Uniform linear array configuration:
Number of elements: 64
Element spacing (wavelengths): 1
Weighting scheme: hann
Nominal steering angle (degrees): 15
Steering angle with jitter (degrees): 14.074
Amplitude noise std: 0.05
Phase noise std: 0.05

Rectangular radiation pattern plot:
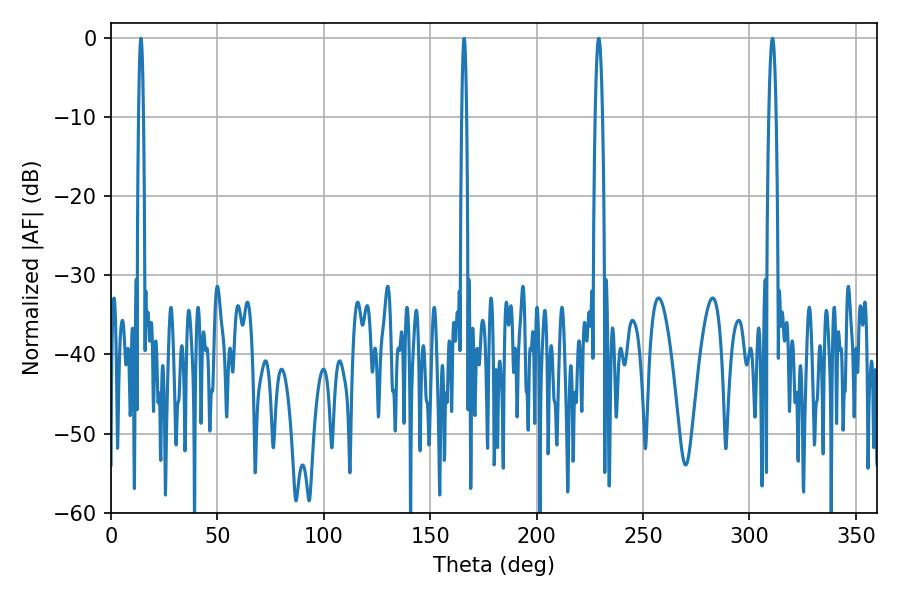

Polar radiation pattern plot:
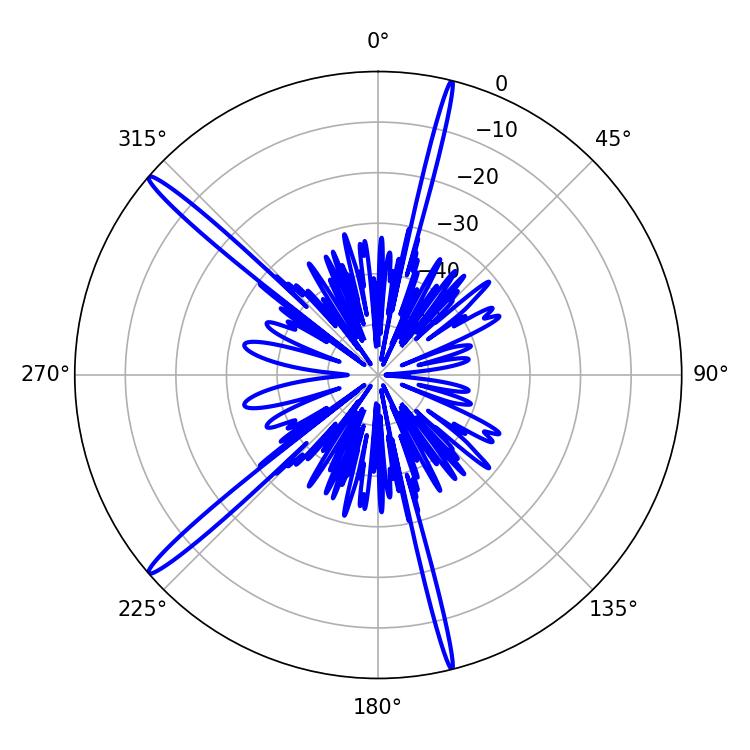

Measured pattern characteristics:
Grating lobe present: TRUE
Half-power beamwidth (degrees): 1.8
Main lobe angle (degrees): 229.14